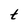
Character: t